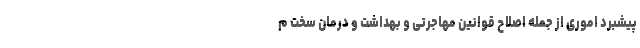
پیشبرد اموری از جمله اصلاح قوانین مهاجرتی و بهداشت و درمان سخت‌ م